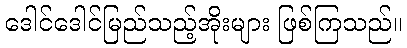
ဒေါင်ဒေါင်မြည်သည့်အိုးများ ဖြစ်ကြသည်။